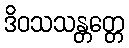
ဒိဝသသန္တတ္တေ